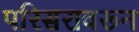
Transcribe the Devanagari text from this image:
परिसरावरून